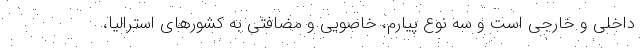
داخلی و خارجی است و سه نوع پیارم، خاصویی و مضافتی به کشورهای استرالیا،